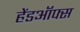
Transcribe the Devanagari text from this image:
हेंडऑफ्स